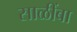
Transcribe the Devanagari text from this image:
साळींबा